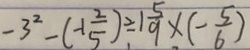
- 3 ^ { 2 } - ( - 1 \frac { 2 } { 5 } ) \div 1 \frac { 5 } { 9 } \times ( - \frac { 5 } { 6 } )